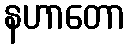
နဟာတော